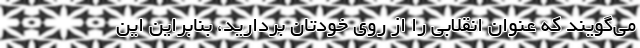
می‌گویند که عنوان انقلابی را از روی خودتان بردارید، بنابراین این